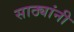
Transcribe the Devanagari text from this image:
साठ्यांनी